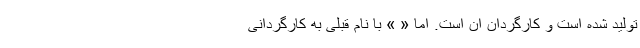
تولید شده است و کارگردان ان است. اما « » با نام قبلی به کارگردانی